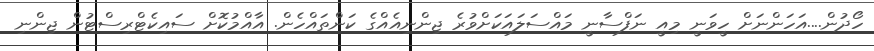
ހޯދުން....އަހަންނަށް ހީވަނީ މިއީ ނަފްސާނީ މައްސަލައަކަށްވުރެ ޖިންނިއެއްގެ ކަންތައްހެން. އާއްމުކޮށް ސައިކެޓްރިސްޓުން ޖިންނި